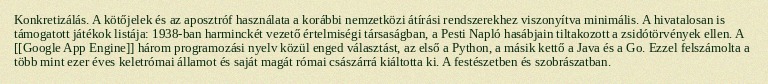
Konkretizálás. A kötőjelek és az aposztróf használata a korábbi nemzetközi átírási rendszerekhez viszonyítva minimális. A hivatalosan is támogatott játékok listája: 1938-ban harminckét vezető értelmiségi társaságban, a Pesti Napló hasábjain tiltakozott a zsidótörvények ellen. A [[Google App Engine]] három programozási nyelv közül enged választást, az első a Python, a másik kettő a Java és a Go. Ezzel felszámolta a több mint ezer éves keletrómai államot és saját magát római császárrá kiáltotta ki. A festészetben és szobrászatban.